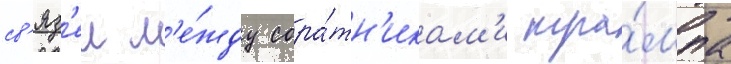
св'яз'еи м'е́жду сора́тн'икам'и тра́мпа